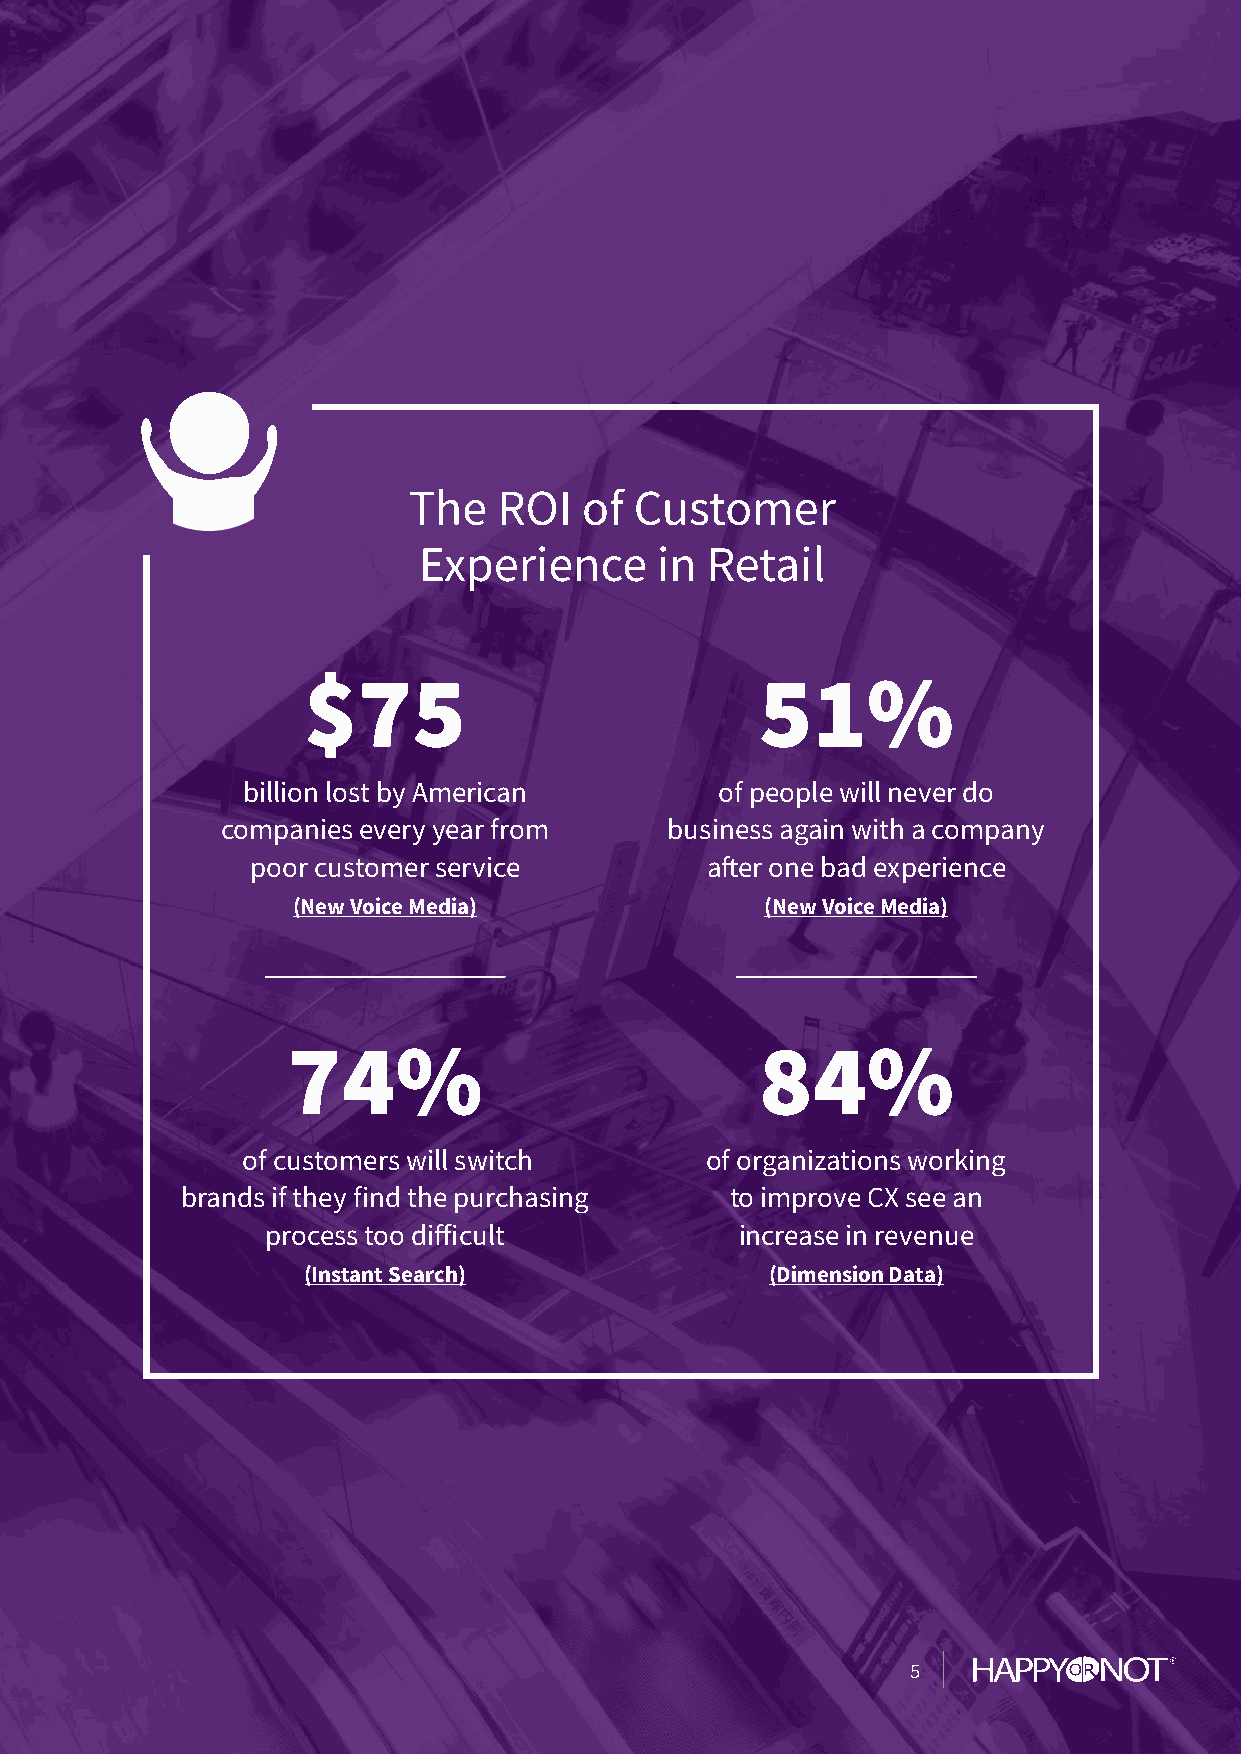
The   ROI   of Customer
 Experience     in  Retail
 $75                           51%
 billion lost by American        of people will never do
 companies every year from    business again with a company
 poor customer service         after one bad experience
 (New Voice Media)               (New Voice Media)
 74%                            84%
 of customers will switch       of organizations working
 brands if they find the purchasing  to improve CX see an
 process too difficult          increase in revenue
 (Instant Search)               (Dimension Data)
 5